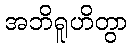
အဘိရူဟိတွာ